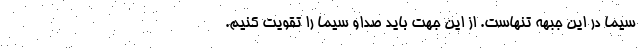
سیما در این جبهه تنهاست. از این جهت باید صداو سیما را تقویت کنیم.